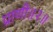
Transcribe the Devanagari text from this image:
प्राणी॥२॥